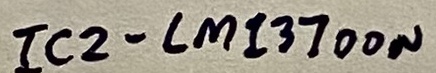
Text: IC2-LM13700N